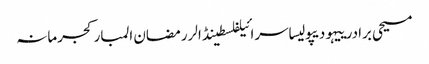
مسیحی برادرییہودیپولیساسرائیلفلسطینڈالررمضان المبارکجرمانہ